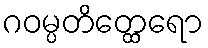
ဂဝမ္ပတိတ္ထေရော